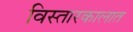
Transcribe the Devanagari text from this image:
विस्तारकालात